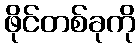
ဖိုင်တစ်ခုကို